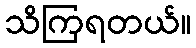
သိကြရတယ်။